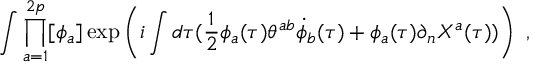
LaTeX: \int \prod _ { a = 1 } ^ { 2 p } [ \phi _ { a } ] \exp \left( i \int d \tau ( \frac { 1 } { 2 } \phi _ { a } ( \tau ) \theta ^ { a b } \dot { \phi } _ { b } ( \tau ) + \phi _ { a } ( \tau ) \partial _ { n } X ^ { a } ( \tau ) ) \right) \ ,